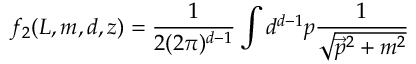
f _ { 2 } ( L , m , d , z ) = \frac { 1 } { 2 ( 2 \pi ) ^ { d - 1 } } \int { d } ^ { d - 1 } p \frac { 1 } { \sqrt { \vec { p } ^ { 2 } + m ^ { 2 } } }